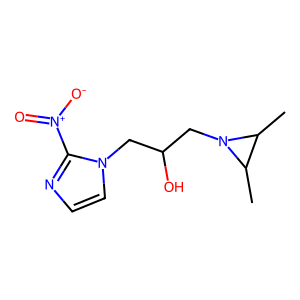
SMILES: CC1C(C)N1CC(O)Cn1ccnc1[N+](=O)[O-]
Inhibits HIV replication: No